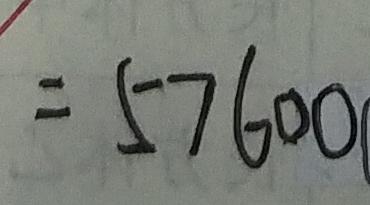
= 5 7 6 0 0